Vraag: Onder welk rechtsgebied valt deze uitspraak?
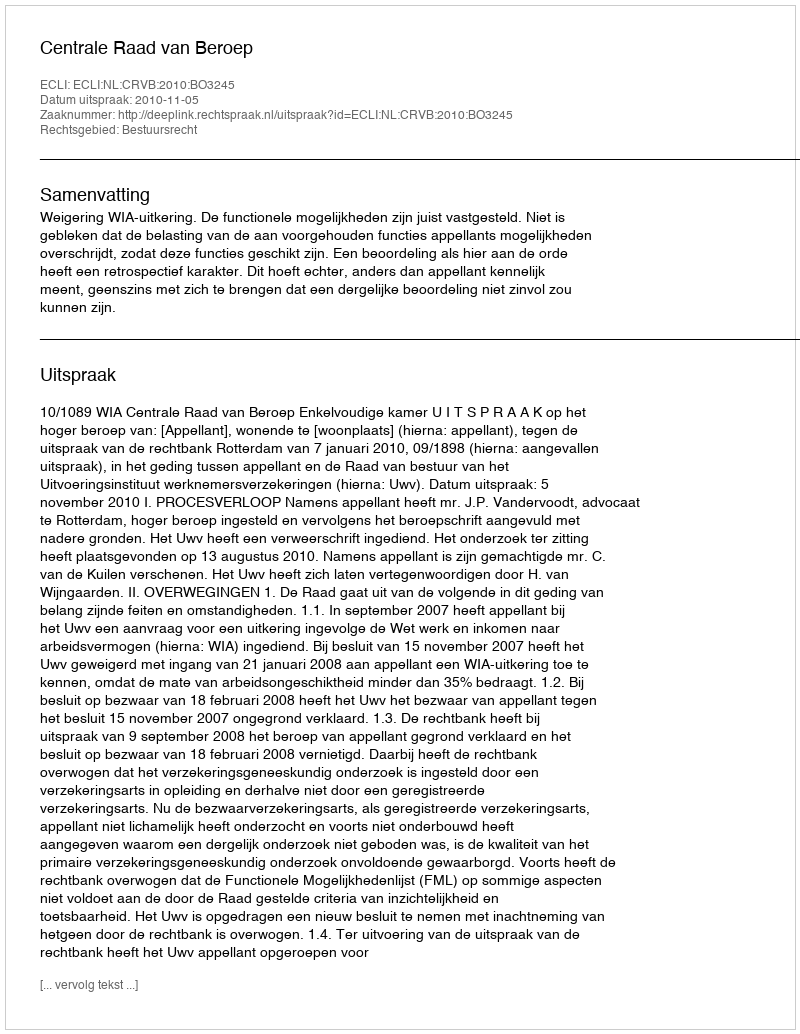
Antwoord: Bestuursrecht